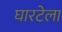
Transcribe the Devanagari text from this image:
घारटेला